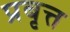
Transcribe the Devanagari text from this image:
प्रबृत्त